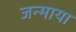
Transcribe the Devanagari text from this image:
जन्माया